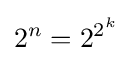
2^{n}=2^{2^{k}}